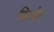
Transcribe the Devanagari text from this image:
बिरुदैत